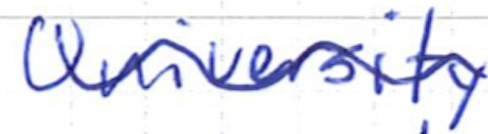
Text: University
Cross-out: wave
Writing tool: ballpoint